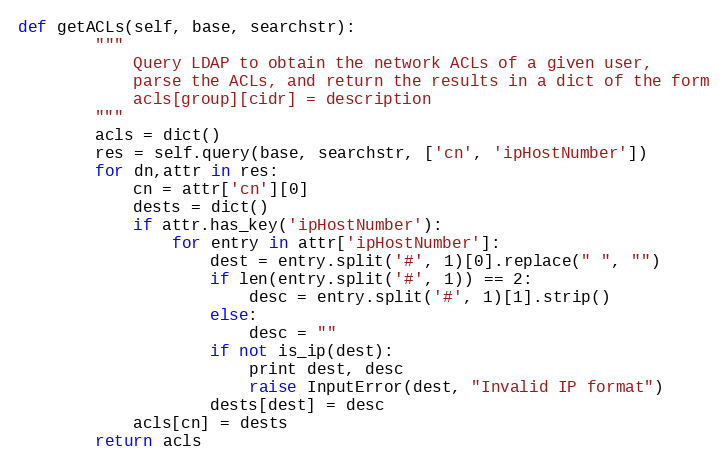
Language: Python
def getACLs(self, base, searchstr):
		"""
			Query LDAP to obtain the network ACLs of a given user,
			parse the ACLs, and return the results in a dict of the form
			acls[group][cidr] = description
		"""
		acls = dict()
		res = self.query(base, searchstr, ['cn', 'ipHostNumber'])
		for dn,attr in res:
			cn = attr['cn'][0]
			dests = dict()
			if attr.has_key('ipHostNumber'):
				for entry in attr['ipHostNumber']:
					dest = entry.split('#', 1)[0].replace(" ", "")
					if len(entry.split('#', 1)) == 2:
						desc = entry.split('#', 1)[1].strip()
					else:
						desc = ""
					if not is_ip(dest):
						print dest, desc
						raise InputError(dest, "Invalid IP format")
					dests[dest] = desc
			acls[cn] = dests
		return acls